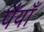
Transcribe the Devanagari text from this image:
पैंयाँ